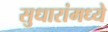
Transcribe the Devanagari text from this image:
सुधारांमध्ये